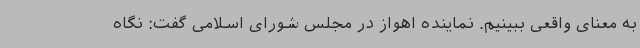
به معنای واقعی ببینیم. نماینده اهواز در مجلس شورای اسلامی گفت: نگاه